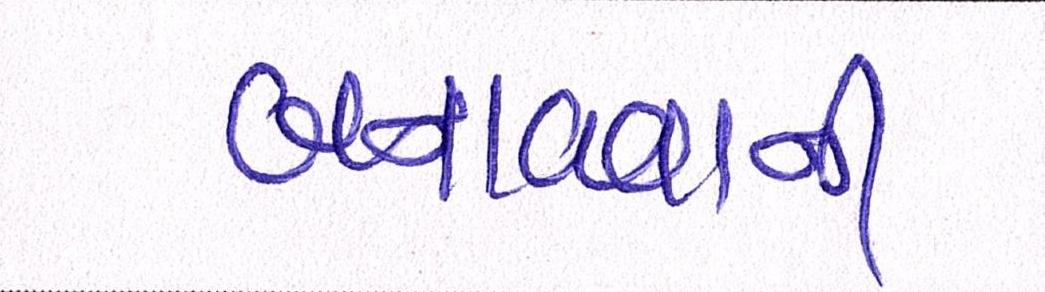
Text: બનાવવાની